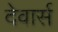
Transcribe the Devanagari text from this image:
देवार्स